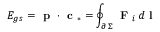
E _ { g s } = \textbf { p } \cdot \textbf { c } _ { * } = \oint _ { \scriptstyle \partial \, \Sigma } \textbf { F } _ { i } \, d \textbf { l }